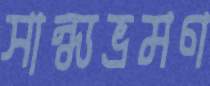
সান্ধ্যভ্রমণ